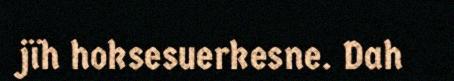
jïh hoksesuerkesne. Dah